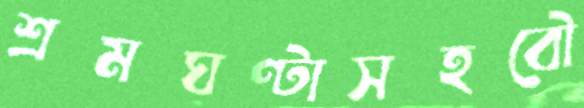
শ্রমঘণ্টাসহবৌ